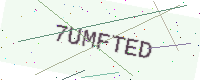
Text: 7UMFTED